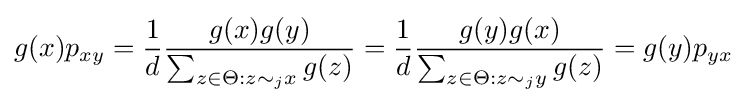
g(x)p_{xy}={\frac {1}{d}}{\frac {g(x)g(y)}{\sum _{z\in \Theta :z\sim _{j}x}g(z)}}={\frac {1}{d}}{\frac {g(y)g(x)}{\sum _{z\in \Theta :z\sim _{j}y}g(z)}}=g(y)p_{yx}